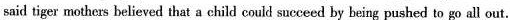
said tiger mothers believed that a child could succeed by being pushed to go all out.